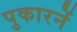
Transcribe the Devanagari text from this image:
पुकारनें